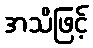
အသိဖြင့်